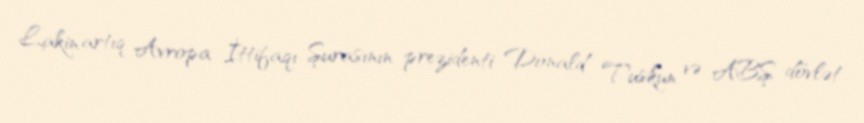
Lakin artıq Avropa İttifaqı Şurasının prezidenti Donald Tuskun və ABŞ dövlət